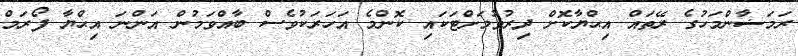
ރަމަޟާންމަހުގެ ރޭތައް އިޙްޔާކޮށް ދިރުވުމަށްޓަކައި ކޮންމެ އަހަރަކުވެސް ބާއްވަމުން އަންނަ އިޙްޔާ ފޯރަމް